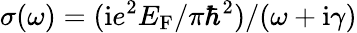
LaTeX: \sigma(\omega)=(\mathrm{i}e^{2}E_{\mathrm{F}}/\pi\hbar^{2})/(\omega+\mathrm{i}\gamma)